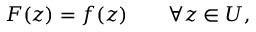
F ( z ) = f ( z ) \qquad \forall z \in U ,